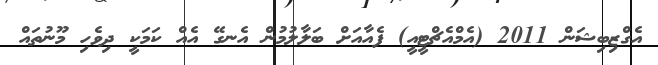
އެގްޒިބިޝަން 2011 (އެމްއެޗްޓީއީ) ފެއާއަށް ބަލާލުމުން އެނގޭ އެއް ކަމަކީ ދިވެހި މޫނުތައް